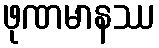
ဖုဏမာနဿ